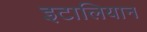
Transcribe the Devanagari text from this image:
इटालियान